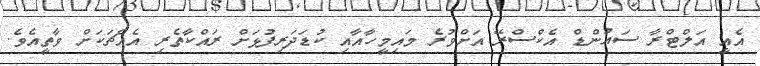
އެއީ އަލްޓްރާ ސައުންޑް އެކްސްރޭ އަށްވުރެ މައިމީހާއާއި ކުޑަދަރިފުޅަށް ރައްކާތެރި އެއްޗަކަށް ވާތީއެވެ.